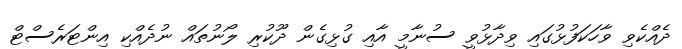
ދެއްކެވި ވާހަކަފުޅުގައި ވިދާޅުވީ ސުނާމީ އާއި ގުޅިގެން ދޫކުރި ލޯނުތައް ނުދެއްކި އިންޓަރެސްޓް